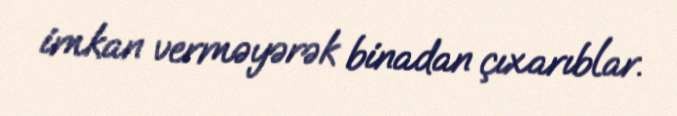
imkan verməyərək binadan çıxarıblar.